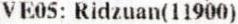
VE05: RIDZUAN(11900)